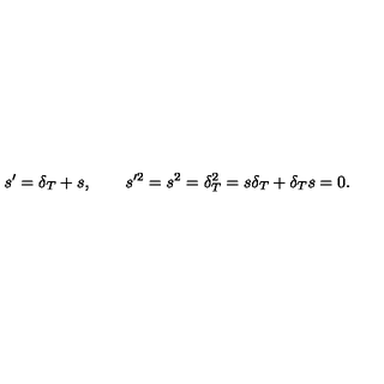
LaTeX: s ^ { \prime } = \delta _ { T } + s , \quad \quad s ^ { \prime 2 } = s ^ { 2 } = \delta _ { T } ^ { 2 } = s \delta _ { T } + \delta _ { T } s = 0 .